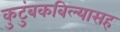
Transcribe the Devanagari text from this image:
कुटुंबकबिल्यासह